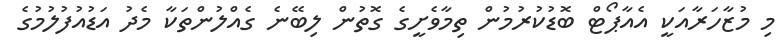
މި މުޒާހަރާއަކީ އެއާޕޯޓް ބޮޑުކުރުމުން ތިމާވެށީގެ ގޮތުން ލިބޭނެ ގެއްލުންތަކާ މެދު އަޑުއުފުލުމުގެ